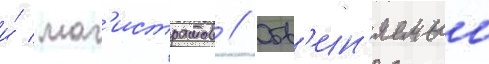
и́ маг'истратов // Обв'ин'яемыи